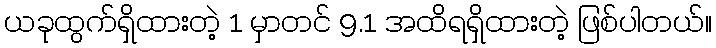
ယခုထွက်ရှိထားတဲ့ 1 မှာတင် 9.1 အထိရရှိထားတဲ့ ဖြစ်ပါတယ်။